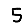
Digit: 5